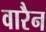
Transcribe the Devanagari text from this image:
वारैन